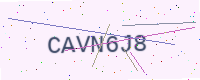
Text: CAVN6J8